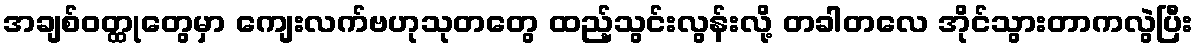
အချစ်ဝတ္ထုတွေမှာ ကျေးလက်ဗဟုသုတတွေ ထည့်သွင်းလွန်းလို့ တခါတလေ အိုင်သွားတာကလွဲပြီး